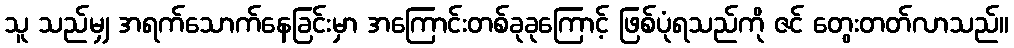
သူ သည်မျှ အရက်သောက်နေခြင်းမှာ အကြောင်းတစ်ခုခုကြောင့် ဖြစ်ပုံရသည်ကို ဇင် တွေးတတ်လာသည်။